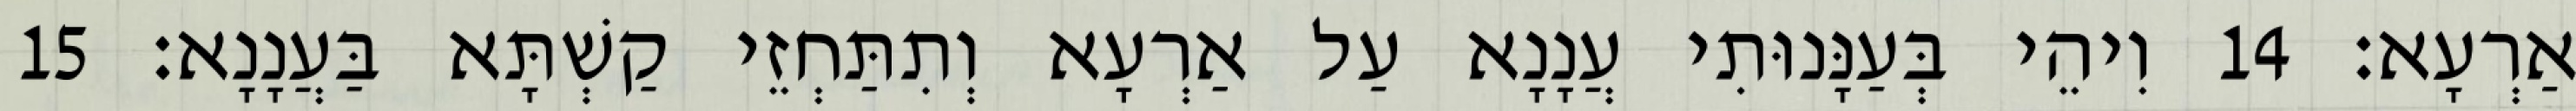
אַרְעָא׃ 14 וִיהֵי בְּעַנָּנוּתִי עֲנָנָא עַל אַרְעָא וְתִתַּחְזֵי קַשְׁתָּא בַּעֲנָנָא׃ 15